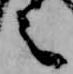
言